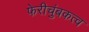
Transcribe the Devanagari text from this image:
फेरीचुंबकत्व